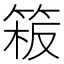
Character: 𥯈